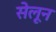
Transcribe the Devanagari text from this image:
सेलून